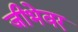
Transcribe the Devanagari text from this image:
जीभेवर